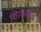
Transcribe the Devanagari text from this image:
शिरकावच